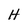
Character: H